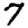
Digit: 7